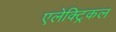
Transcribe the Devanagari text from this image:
एलेक्ट्रिकल